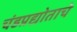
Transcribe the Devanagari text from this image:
चंडप्रद्योताचे